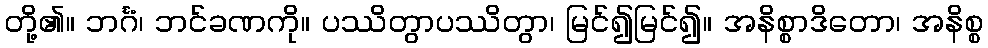
တို့၏။ ဘင်္ဂံ၊ ဘင်ခဏကို။ ပဿိတွာပဿိတွာ၊ မြင်၍မြင်၍။ အနိစ္စာဒိတော၊ အနိစ္စ